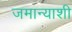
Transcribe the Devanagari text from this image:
जमान्याशी